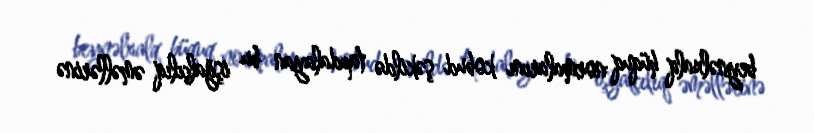
beynəlxalq hüquq normalarını kobud şəkildə tapdalayan bu işğalçılıq əməllərinə